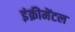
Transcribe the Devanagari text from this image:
इंक्रीमेंटल